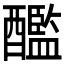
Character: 𨣨